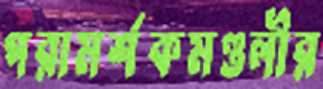
পরামর্শকমণ্ডলীর